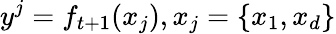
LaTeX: y^{j}=f_{t+1}(x_{j}),x_{j}=\{ x_{1},x_{d}\}